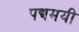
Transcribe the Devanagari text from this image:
पद्यमयी